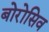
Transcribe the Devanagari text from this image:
बोरोसिव